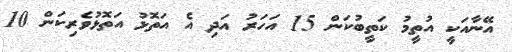
އޭނާއަކީ އުތީމު ކަތީބުކަން 15 އަހަރު އަދި އެ އަތޮޅު އަތޮޅުވެރިކަން 10